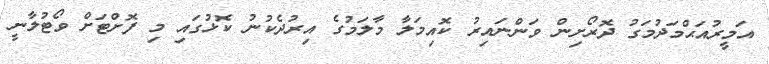
އަމީރުއަޙްމަދުމަގު ދޮރޯށިން ވަންނައިރު ކޮއިމަލާ މާލަމުގެ އިރުދެކުނު ކޮޅުގައި މި ފޮށްޓަށް ވޯޓުލާނީ